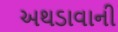
અથડાવાની